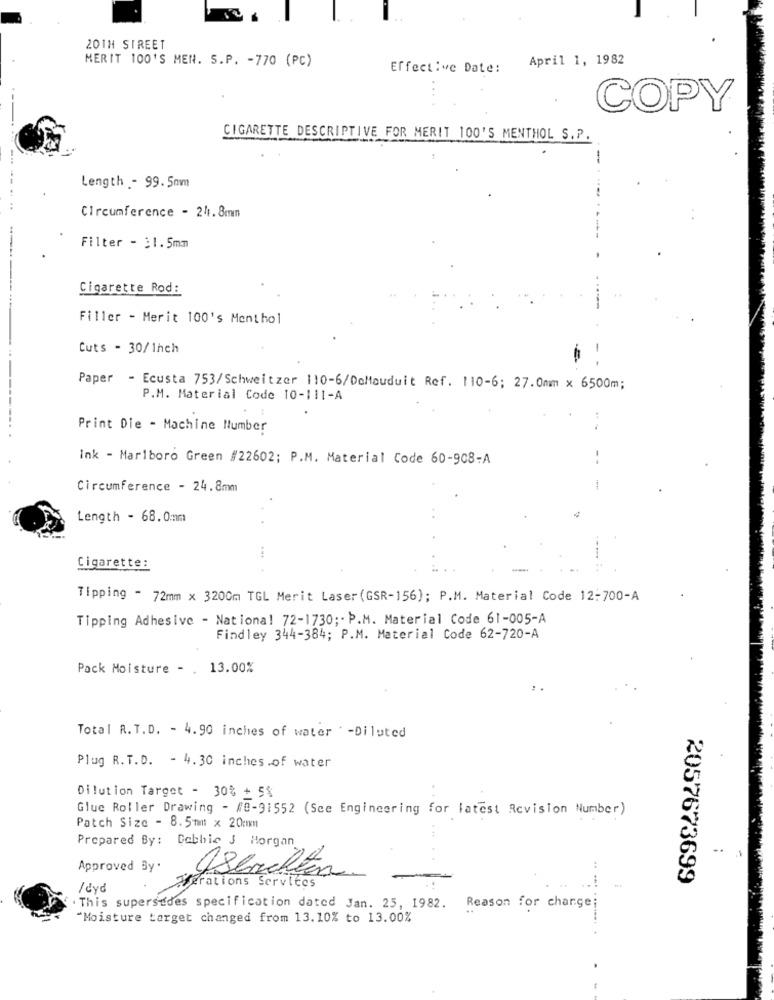
201H STREET
MERIT 100'S MEN. S.P. - 770 (PC)
April 1, 1982
Effective Date:
COPY
CIGARETTE DESCRIPTIVE FOR MERIT 100'S MENTHOL S.P.
-
Length - 99. 5mm
Circumference - 241.8mm
Filter - 31.5mm
Cigarette Rod:
Filler - Merit 100's Menthol
Cuts - 30/1hch
Paper - Ecusta 753/Schweitzer 110-6/DcMauduit Ref. 110-6; 27.0mm x 6500m;
P.M. Material Code 10-111-A
Print Die - Machine Number
Ink - Marlboro Green #22602; P.M. Material Code 60-908-A
Circumference - 24.8mm
Length - 68.0mm
Cigarette:
Tipping - 72mm x 3200m TGL Merit Laser (GSR-156); P.M. Material Code 12:700-A
Tipping Adhesive - National 72-1730 ;- P.M. Material Code 61-005-A
Findley 344-384; P.M. Material Code 62-720-A
Pack Moisture - . 13.00%
Total R.T.D. - 4.90 inches of water -Diluted
Plug R.T.D. - 4.30 inches.of water
Dilution Target - 30% + 58
Glue Roller Drawing - Ne-91552 (See Engineering for latest Revision Number)
Patch Size - 8.5mm x 20mmmm
Prepared By: Debbie J Morgan
. ..
Approved By.
Perations Services
Jsemelton
2057673699
/ byd
. This supersedes specification dated Jan. 25, 1982.
Reason for chargej
"Moisture target changed from 13.10% to 13.00%